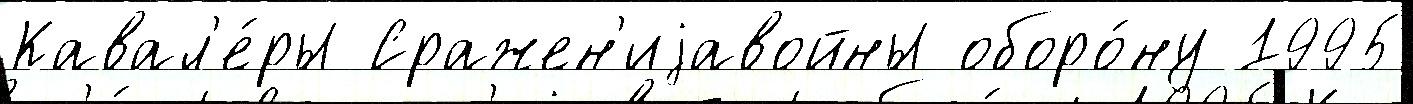
Кавал'е́ры Сражен'иjавойны оборо́ну 1995